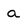
Character: a